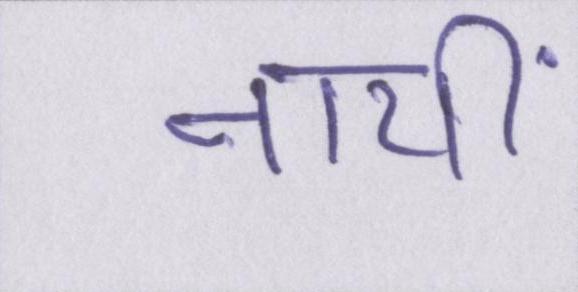
नायीं